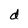
Character: d